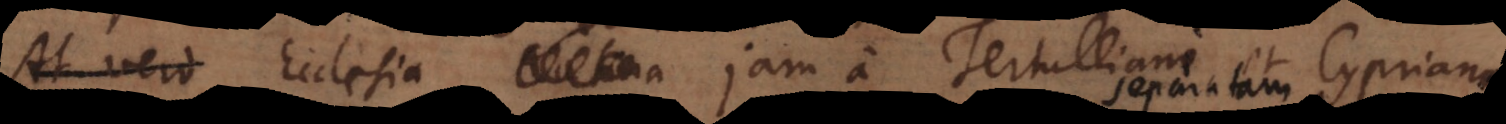
At vero Ecclesia Romana jam a Tertulliano et Cypriano